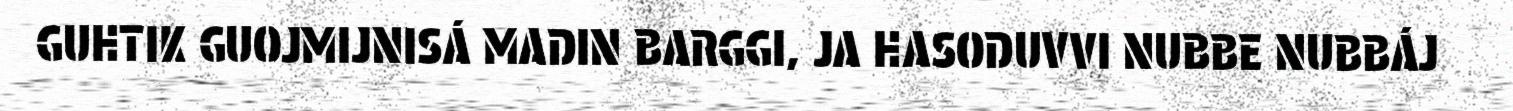
GUHTIK GUOJMIJNISÁ MADIN BARGGI, JA HASODUVVI NUBBE NUBBÁJ